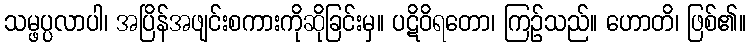
သမ္ဖပ္ပလာပါ၊ အပြိန်အဖျင်းစကားကိုဆိုခြင်းမှ။ ပဋိဝိရတော၊ ကြဉ်သည်။ ဟောတိ၊ ဖြစ်၏။